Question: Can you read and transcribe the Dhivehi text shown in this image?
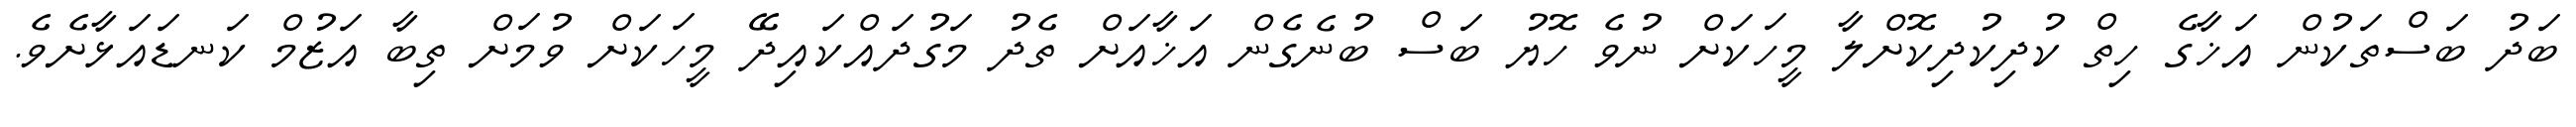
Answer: ބަދު ބަސްތަކުން އަޚާގެ ހިތް ކުދިކުދިކޮށްލާ މީހަކަށް ނުވެ ހޮޔު ބަސް ބުނެގެން އަޚާއަށް ތެދު މަގުދައްކައިދޭ މީހަކަށް ވުމަށް ތިބާ އަޒުމް ކަނޑައަޅާށެވެ.